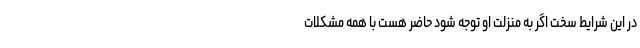
در این شرایط سخت اگر به منزلت او توجه شود حاضر هست با همه مشکلات